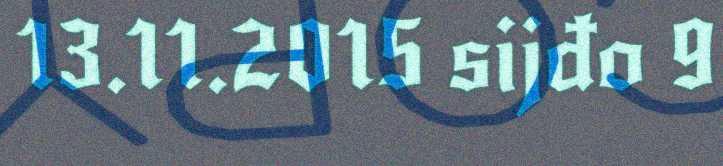
13.11.2015 sijđo 9